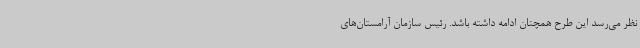
نظر می‌رسد این طرح همچنان ادامه داشته باشد. رئیس سازمان آرامستان‌های